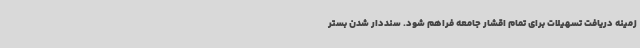
زمینه دریافت تسهیلات برای تمام اقشار جامعه فراهم شود. سنددار شدن بستر